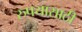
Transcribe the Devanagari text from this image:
रुपयासाठी